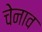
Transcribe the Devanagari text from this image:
चेनाव